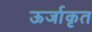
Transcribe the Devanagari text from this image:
ऊर्जाकृत